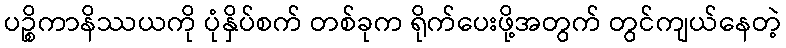
ပဉ္စိကာနိဿယကို ပုံနှိပ်စက် တစ်ခုက ရိုက်ပေးဖို့အတွက် တွင်ကျယ်နေတဲ့